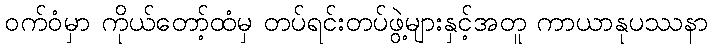
ဝက်ဝံမှာ ကိုယ်တော့်ထံမှ တပ်ရင်းတပ်ဖွဲ့များနှင့်အတူ ကာယာနုပဿနာ